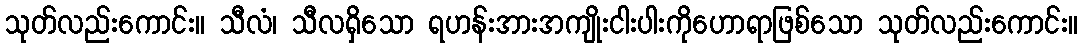
သုတ်လည်းကောင်း။ သီလံ၊ သီလရှိသော ရဟန်းအားအကျိုးငါးပါးကိုဟောရာဖြစ်သော သုတ်လည်းကောင်း။